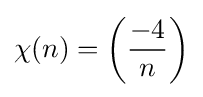
\chi (n)=\left({\frac {-4}{n}}\right)